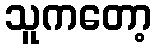
သူကတော့